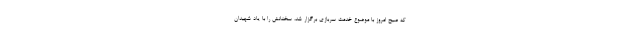
که صبح امروز با موضوع خدمت سربازی برگزار شد، سخنانش را با یاد شهیدان